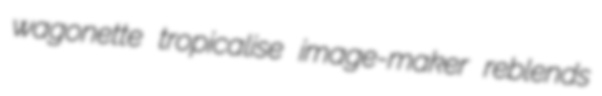
wagonette tropicalise image-maker reblends